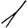
Digit: 1